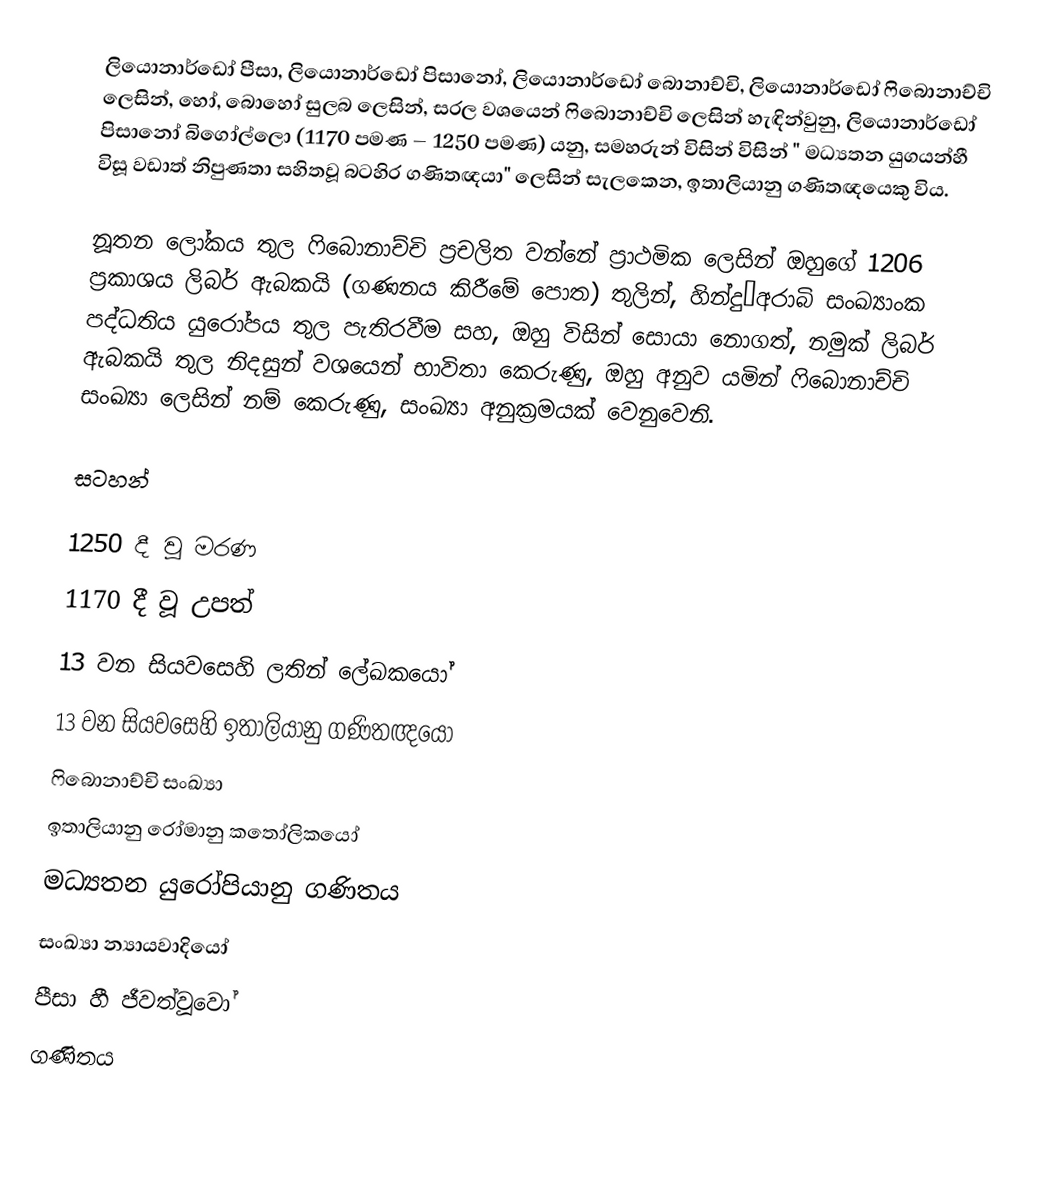
ලියොනාර්ඩෝ පීසා,  ලියොනාර්ඩෝ පිසානෝ, ලියොනාර්ඩෝ බොනාච්චි,  ලියොනාර්ඩෝ ෆිබොනාච්චි ලෙසින්, හෝ, බොහෝ සුලබ ලෙසින්, සරල වශයෙන්   ෆිබොනාච්චි ලෙසින් හැඳින්වුනු,  ලියොනාර්ඩෝ පිසානෝ  බිගෝල්ලො (1170 පමණ –  1250 පමණ)  යනු, සමහරුන් විසින්   විසින්   " මධ්‍යතන යුගයන්හී විසූ වඩාත් නිපුණතා සහිතවූ බටහිර ගණිතඥයා"  ලෙසින් සැලකෙන,  ඉතාලියානු ගණිතඥයෙකු විය.

නූතන ලෝකය තුල ෆිබොනාච්චි ප්‍රචලිත වන්නේ  ප්‍රාථමික ලෙසින් ඔහුගේ 1206 ප්‍රකාශය ලිබර් ඇබකයි (ගණනය කිරීමේ පොත) තුලින්, හින්දු–අරාබි සංඛ්‍යාංක පද්ධතිය යුරෝපය තුල පැතිරවීම සහ, ඔහු විසින් සොයා නොගත්, නමුක් ලිබර් ඇබකයි තුල නිදසුන් වශයෙන් භාවිතා කෙරුණු, ඔහු අනුව යමින් ෆිබොනාච්චි සංඛ්‍යා ලෙසින් නම් කෙරුණු, සංඛ්‍යා අනුක්‍රමයක් වෙනුවෙනි.

සටහන්

1250 දී වූ මරණ
1170 දී වූ උපත්
13 වන සියවසෙහි ලතින් ලේඛකයෝ
13 වන සියවසෙහි ඉතාලියානු ගණිතඥයෝ
ෆිබොනාච්චි සංඛ්‍යා
ඉතාලියානු රෝමානු කතෝලිකයෝ
මධ්‍යතන යුරෝපියානු ගණිතය
සංඛ්‍යා න්‍යායවාදියෝ
පීසා හී ජීවත්වූවෝ
ගණිතය